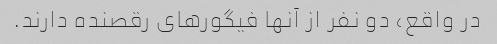
در واقع، دو نفر از آنها فیگورهای رقصنده دارند.